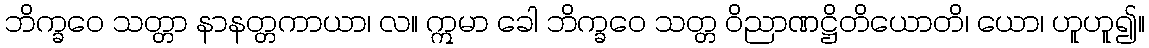
ဘိက္ခဝေ သတ္တာ နာနတ္တကာယာ၊ လ။ ဣမာ ခေါ ဘိက္ခဝေ သတ္တ ဝိညာဏဋ္ဌိတိယောတိ၊ ယော၊ ဟူဟူ၍။